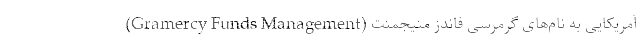
آمریکایی به نام‌های گرمرسی فاندز منیجمنت (Gramercy Funds Management)